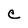
Character: e